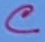
Text: C